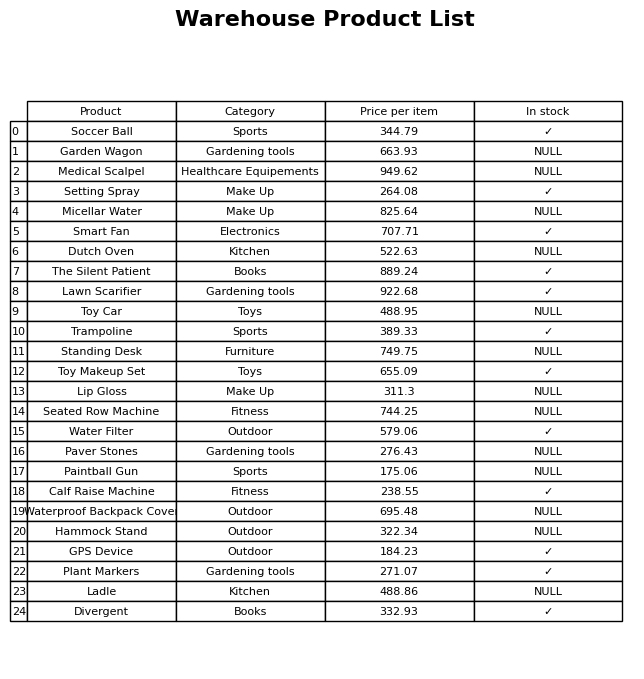
question: What is the price for Paintball Gun?
answer: The price of Paintball Gun is 175.06.